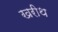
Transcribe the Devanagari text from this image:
खरीथ